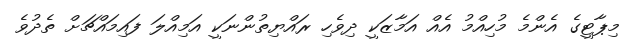
މިޕާޓީގެ އެންމެ މުހިއްމު އެއް އަމާޒަކީ ދިވެހި ރައްޔިތުންނަކީ އަމިއްލަ ފައިމައްޗަށް ތެދުވެ